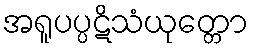
အရူပပ္ပဋိသံယုတ္တော